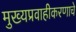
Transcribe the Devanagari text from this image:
मुख्यप्रवाहीकरणाचे